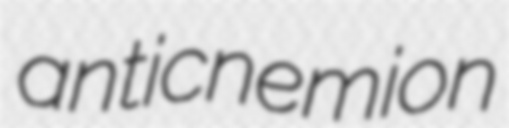
anticnemion